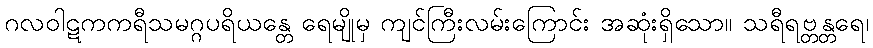
ဂလဝါဋကကရီသမဂ္ဂပရိယန္တေ ရေမျိုမှ ကျင်ကြီးလမ်းကြောင်း အဆုံးရှိသော။ သရီရဗ္တန္တရေ၊